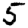
Digit: 5